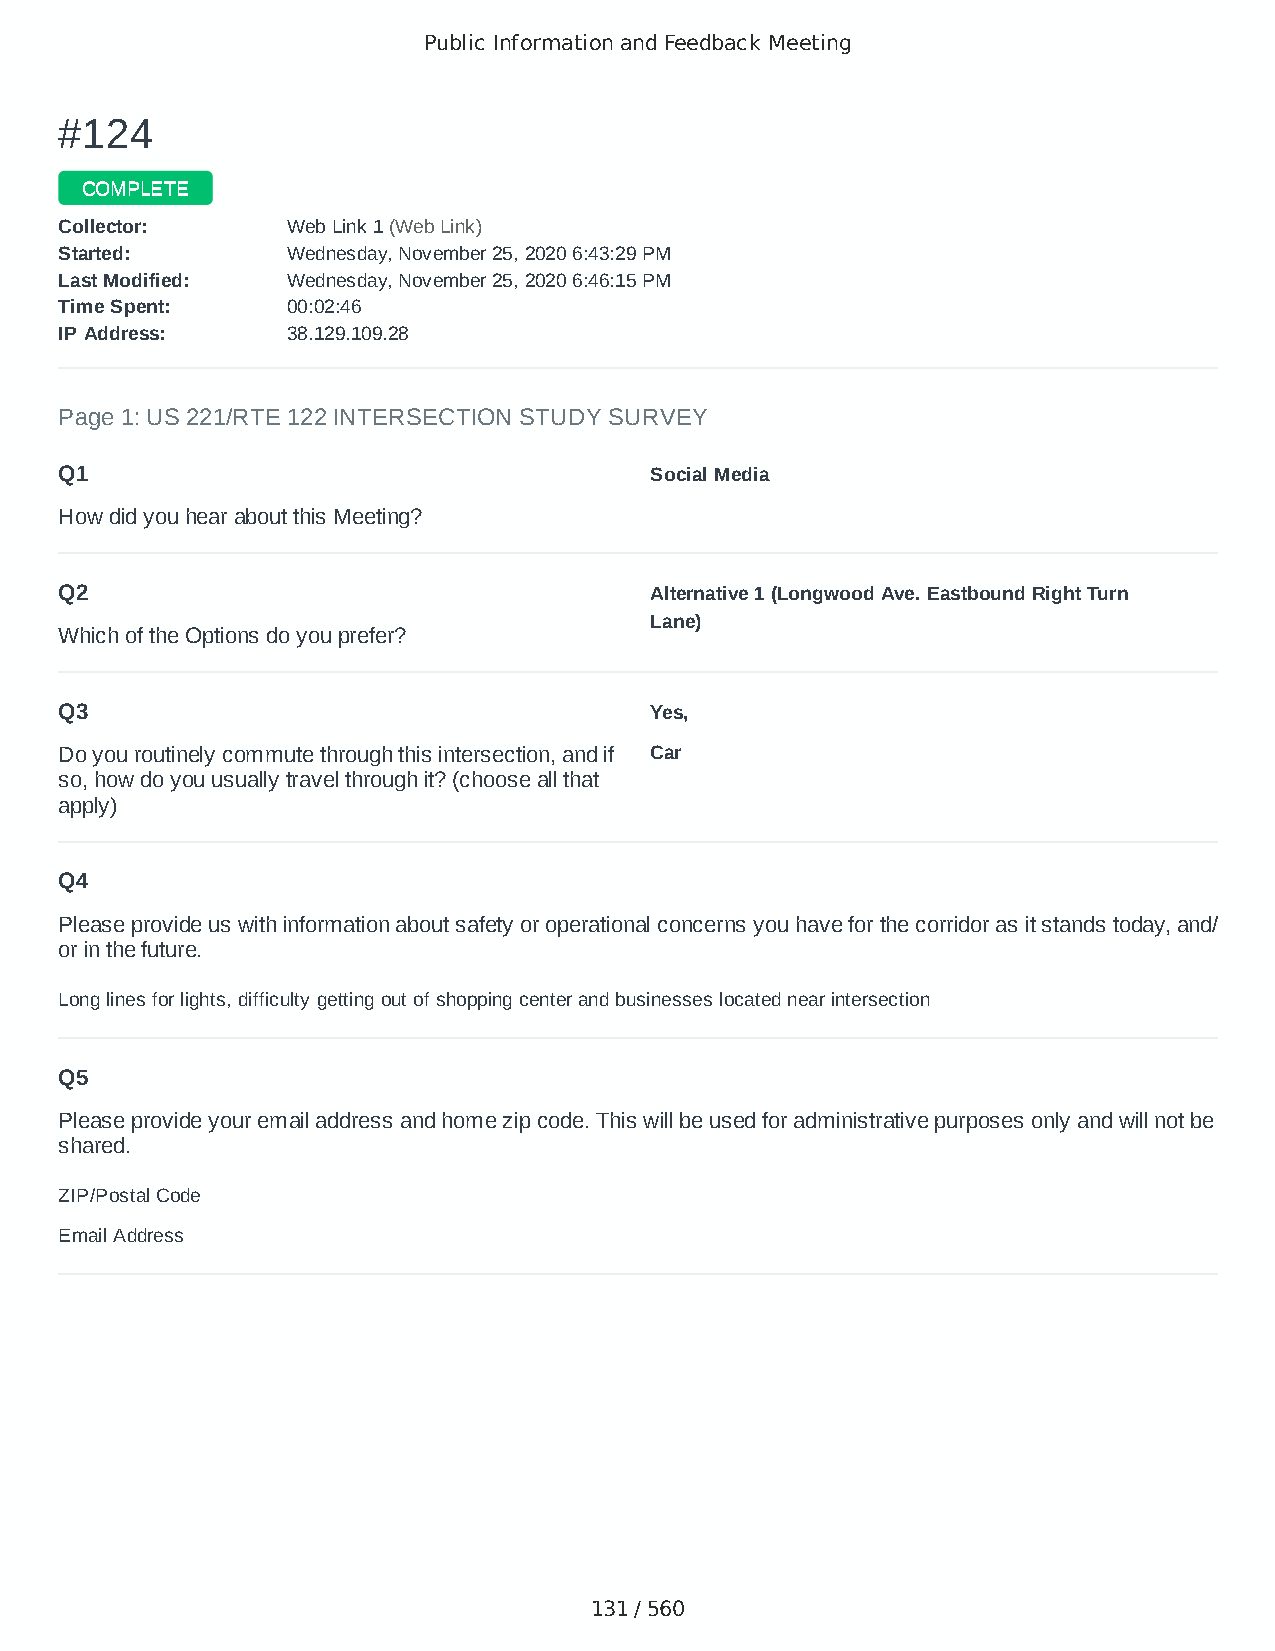
Public Information and Feedback Meeting
 ##112244
 CCOOMMPPLLEETTEE
 CCoolllleeccttoorr:: WWeebb LLiinnkk 11 ((WWeebb LLiinnkk))
 SSttaarrtteedd:: WWeeddnneessddaayy,, NNoovveemmbbeerr 2255,, 22002200 66::4433::2299 PPMM
 LLaasstt MMooddiiffiieedd:: WWeeddnneessddaayy,, NNoovveemmbbeerr 2255,, 22002200 66::4466::1155 PPMM
 TTiimmee SSppeenntt:: 0000::0022::4466
 IIPP AAddddrreessss:: 3388..112299..110099..2288
 Page 1: US 221/RTE 122 INTERSECTION STUDY SURVEY
 Q1                                     Social Media
 How did you hear about this Meeting?
 Q2                                     Alternative 1 (Longwood Ave. Eastbound Right Turn
 Lane)
 Which of the Options do you prefer?
 Q3                                     Yes,
 Do you routinely commute through this intersection, and if Car
 so, how do you usually travel through it? (choose all that
 apply)
 Q4
 Please provide us with information about safety or operational concerns you have for the corridor as it stands today, and/
 or in the future.
 Long lines for lights, difficulty getting out of shopping center and businesses located near intersection
 Q5
 Please provide your email address and home zip code. This will be used for administrative purposes only and will not be
 shared.
 ZIP/Postal Code                        24523
 Email Address                          nanna55@hotmail.com
 131 / 560